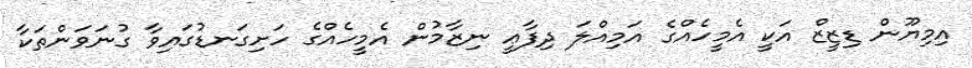
އިމިޔޫން ޑިޒީޒް އަކީ އެމީހެއްގެ އަމިއްލަ ދިފާޢީ ނިޒާމުން އެމީހެއްގެ ހަށިގަނޑުގައިވާ ގުނަވަންތަކާ